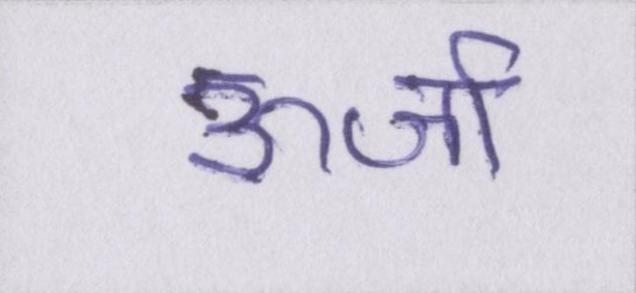
ऊर्जा